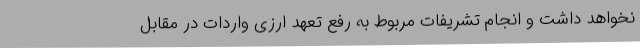
نخواهد داشت و انجام تشریفات مربوط به رفع تعهد ارزی واردات در مقابل